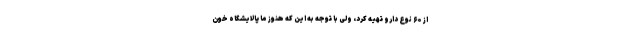
از ۶۰ نوع دارو تهیه کرد، ولی با توجه به این که هنوز ما پالایشگاه خون